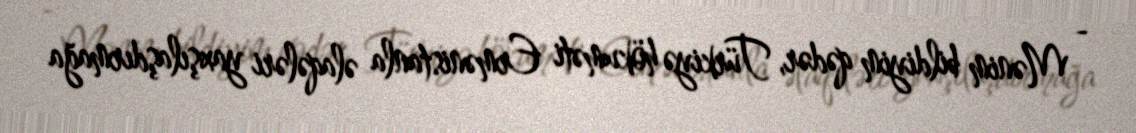
- Mənim bildiyim qədər, Türkiyə hökuməti Ermənistanla əlaqələri yaxşılaşdırmağa